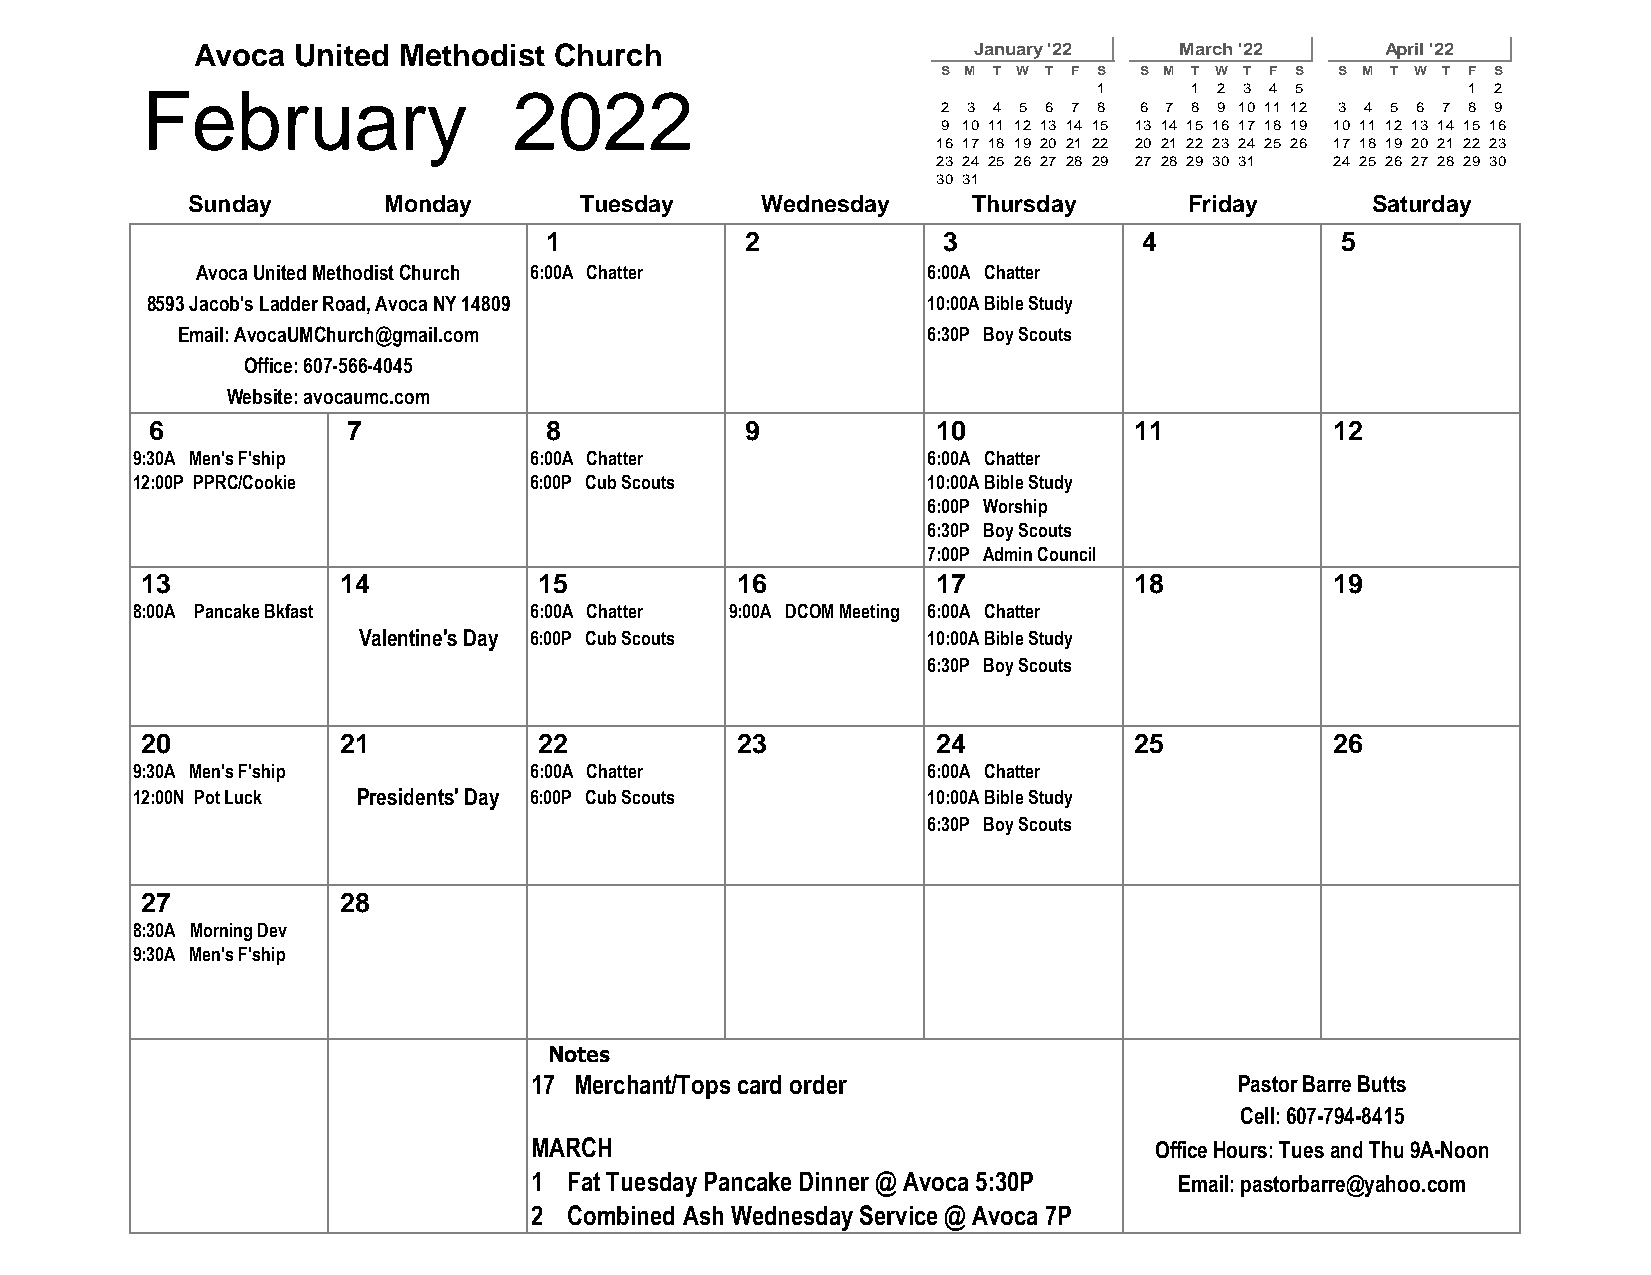
Avoca United Methodist  Church                     January '22   March '22     April '22
 S M T W T F S S M T W T F S S M T W T F S
 February                 2022                                   1     1 2 3 4 5         1 2
 2 3 4 5 6 7 8 6 7 8 9 10 11 12 3 4 5 6 7 8 9
 9 10 11 12 13 14 15 13 14 15 16 17 18 19 10 11 12 13 14 15 16
 16 17 18 19 20 21 22 20 21 22 23 24 25 26 17 18 19 20 21 22 23
 23 24 25 26 27 28 29 27 28 29 30 31 24 25 26 27 28 29 30
 30 31
 Sunday       Monday       Tuesday     Wednesday     Thursday       Friday      Saturday
 1            2            3             4            5
 Avoca United Methodist Church 6:00A Chatter     6:00A Chatter
 8593 Jacob's Ladder Road, Avoca NY 14809           10:00A Bible Study
 Email: AvocaUMChurch@gmail.com                   6:30P Boy Scouts
 Office: 607-566-4045
 Website: avocaumc.com
 6            7            8            9            10           11           12
 9:30A Men's F'ship        6:00A Chatter             6:00A Chatter
 12:00P PPRC/Cookie        6:00P Cub Scouts          10:00A Bible Study
 6:00P Worship
 6:30P Boy Scouts
 7:00P Admin Council
 13           14            15           16           17           18           19
 8:00A Pancake Bkfast      6:00A Chatter 9:00A DCOM Meeting 6:00A Chatter
 Valentine's Day 6:00P Cub Scouts     10:00A Bible Study
 6:30P Boy Scouts
 20           21            22           23           24           25           26
 9:30A Men's F'ship        6:00A Chatter             6:00A Chatter
 12:00N Pot Luck Presidents' Day 6:00P Cub Scouts    10:00A Bible Study
 6:30P Boy Scouts
 27           28
 8:30A Morning Dev
 9:30A Men's F'ship
 Notes
 17 Merchant/Tops card order                    Pastor Barre Butts
 Cell: 607-794-8415
 MARCH                                    Office Hours: Tues and Thu 9A-Noon
 1  Fat Tuesday Pancake Dinner @ Avoca 5:30P Email: pastorbarre@yahoo.com
 2  Combined Ash Wednesday Service @ Avoca 7P